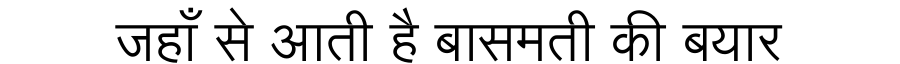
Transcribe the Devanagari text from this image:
जहाँ से आती है बासमती की बयार